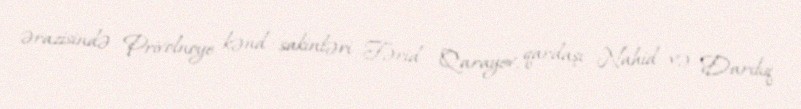
ərazisində Privolnoye kənd sakinləri Fərid Qarayev, qardaşı Nahid və Darılıq